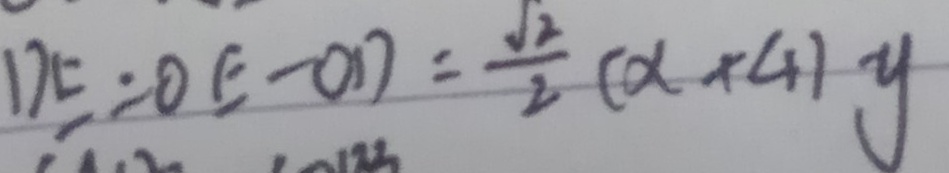
D E = O E - O D = \frac { \sqrt { 2 } } { 2 } ( x + 4 ) y